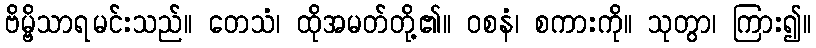
ဗိမ္ဗိသာရမင်းသည်။ တေသံ၊ ထိုအမတ်တို့၏။ ဝစနံ၊ စကားကို။ သုတွာ၊ ကြား၍။